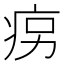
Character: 𤵱